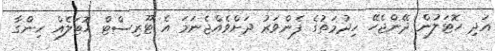
އަދި ހޮޓަލުން ދޭންޖެހޭ ހިދުމަތުގެ ފެންވަރު ދަށްވެއްޖެނަމަ އެ ޓޫރިސްޓް ހޮޓަލެއް ހިންގާ